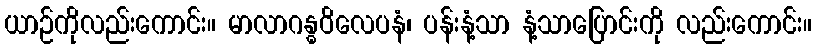
ယာဉ်ကိုလည်းကောင်း။ မာလာဂန္ဓဝိလေပနံ၊ ပန်းနံ့သာ နံ့သာပြောင်းကို လည်းကောင်း။